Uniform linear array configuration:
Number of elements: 24
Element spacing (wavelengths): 0.75
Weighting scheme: blackman
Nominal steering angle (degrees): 15
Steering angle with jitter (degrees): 14.007
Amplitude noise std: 0.05
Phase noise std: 0.05

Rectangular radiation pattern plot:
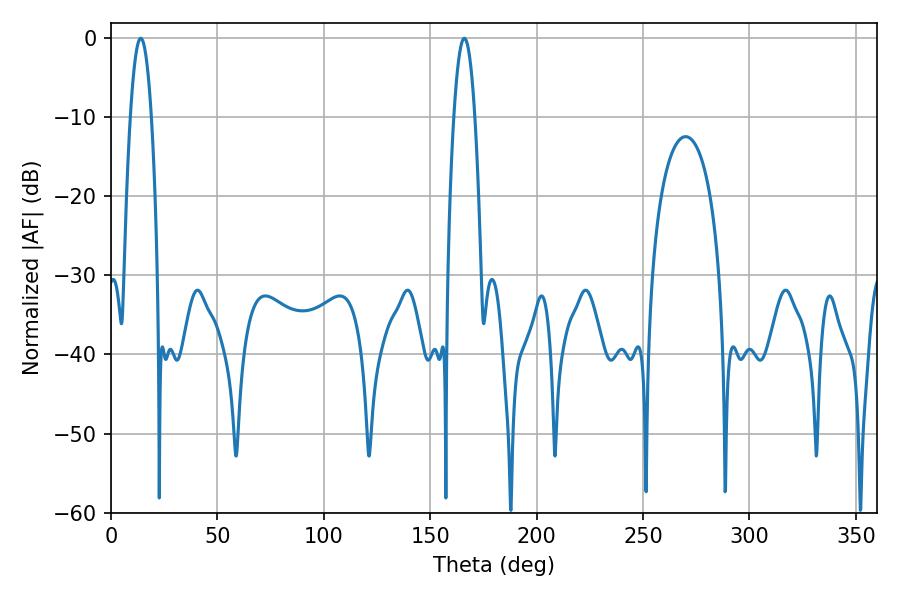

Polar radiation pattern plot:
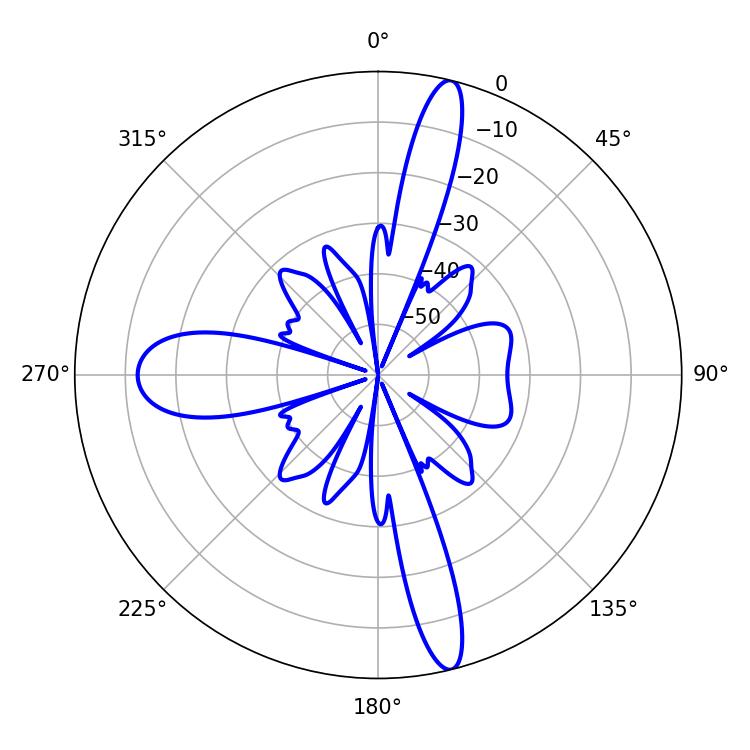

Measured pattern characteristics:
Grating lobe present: TRUE
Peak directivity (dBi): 17.655
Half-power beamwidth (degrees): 5.4
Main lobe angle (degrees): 14.04